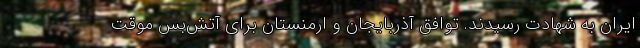
ایران به شهادت رسیدند. توافق آذربایجان و ارمنستان برای آتش‌بس موقت